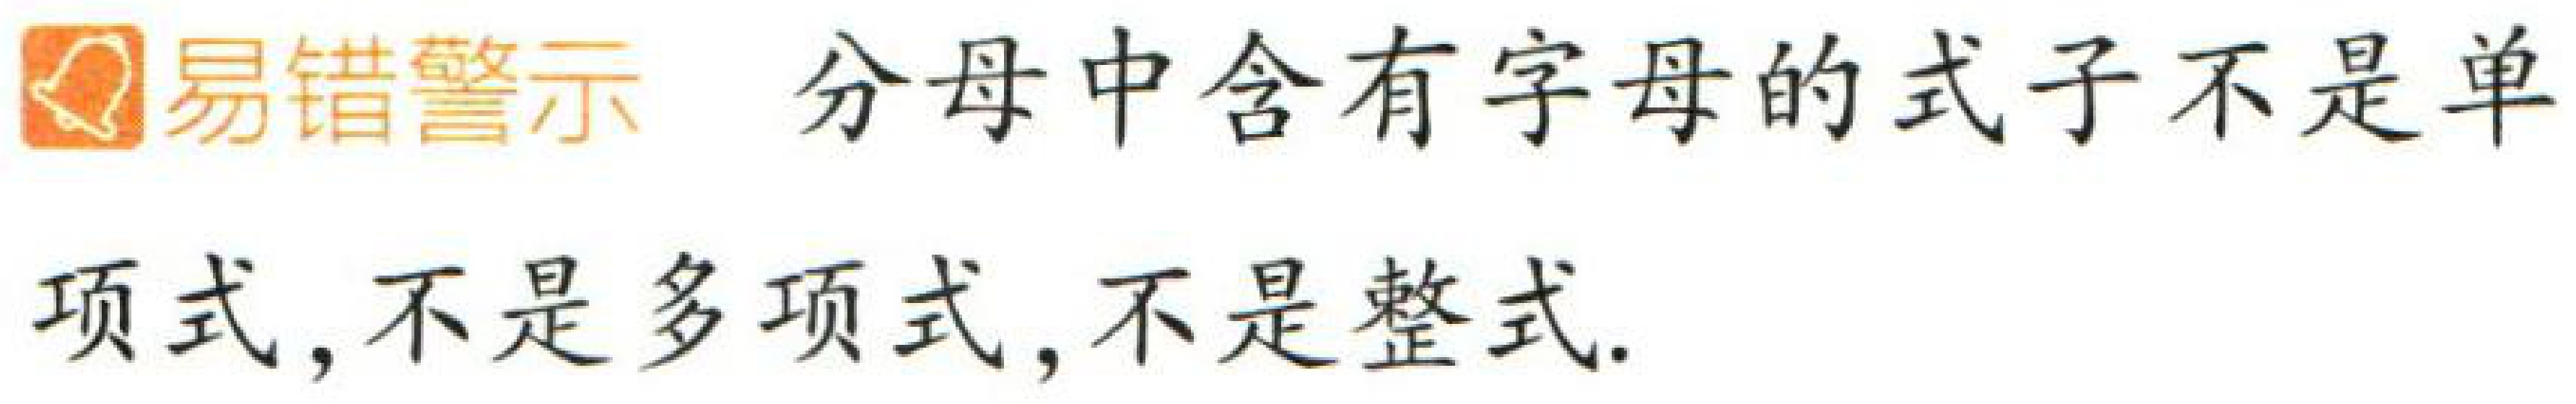
易错警示 分母中含有字母的式子不是单项式，不是多项式，不是整式.